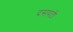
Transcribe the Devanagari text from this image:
दसपटी